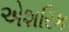
એશરિક